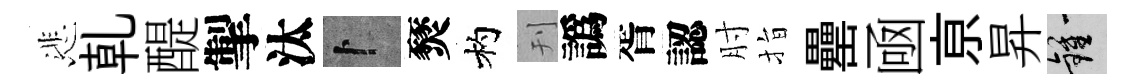
悲乹醍掣汰卜燹杓刊譌胥認肘指罍凾亰昇鍾